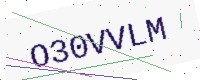
Text: O30VVLM